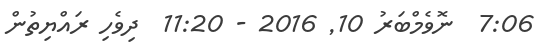
7:06  ނޮވެމްބަރު 10